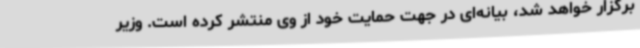
برگزار خواهد شد، بیانه‌ای در جهت حمایت خود از وی منتشر کرده است. وزیر